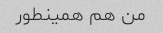
من هم همینطور